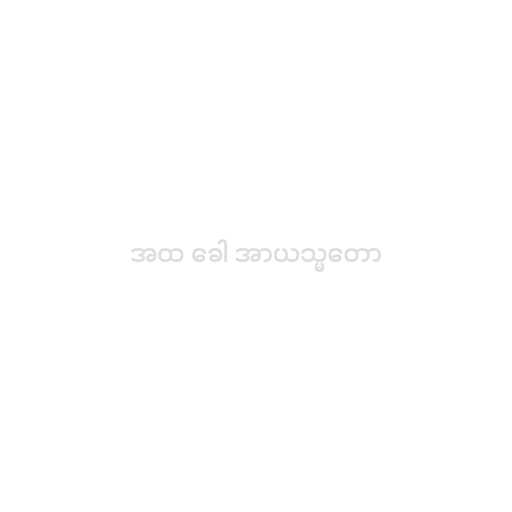
အထ ခေါ အာယသ္မတော